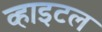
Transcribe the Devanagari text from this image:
व्हाइटल